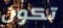
تكون